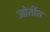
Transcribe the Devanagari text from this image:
जोतींत